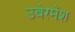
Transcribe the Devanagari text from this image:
उबेरमेंश